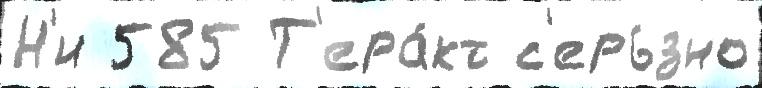
Н'и 585 Т'ера́кт с'ерь́зно